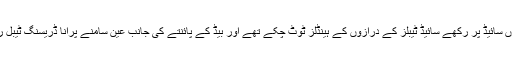
بیڈ کی دونوں سائیڈ پر رکھے سائیڈ ٹیبلز کے درازوں کے ہینڈلز ٹوٹ چکے تھے اور بیڈ کے پائنتے کی جانب عین سامنے پرانا ڈریسنگ ٹیبل رکھا ہوا تھا۔